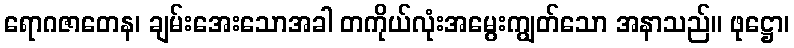
ရောဂဇာတေန၊ ချမ်းအေးသောအခါ တကိုယ်လုံးအမွေးကျွတ်သော အနာသည်။ ဖုဋ္ဌော၊